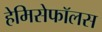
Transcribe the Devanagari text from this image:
हेमिसेफॉलस